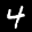
Label: 4